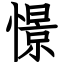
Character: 憬